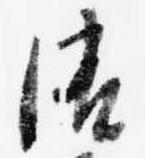
御